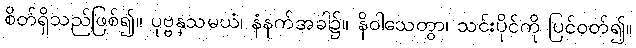
စိတ်ရှိသည်ဖြစ်၍။ ပုဗ္ဗနှသမယံ၊ နံနက်အခါ၌။ နိဝါသေတွာ၊ သင်းပိုင်ကို ပြင်ဝတ်၍။